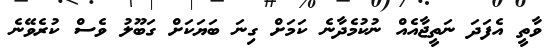
ވާތީ އެފަދަ ނަތީޖާއެއް ނުކުމެދާނެ ކަމަށް ގިނަ ބަޔަކަށް ގަބޫލު ވެސް ކުރެވޭނެ